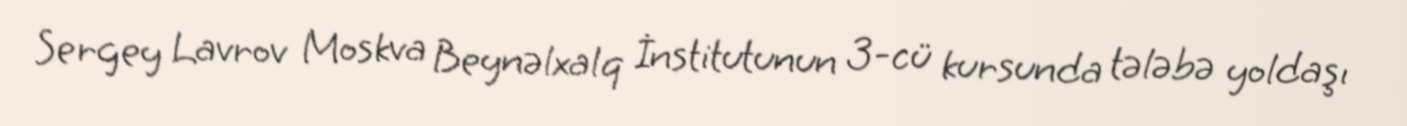
Sergey Lavrov Moskva Beynəlxalq İnstitutunun 3-cü kursunda tələbə yoldaşı